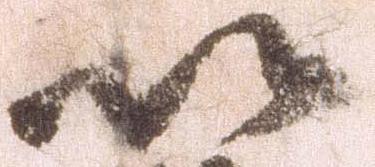
以